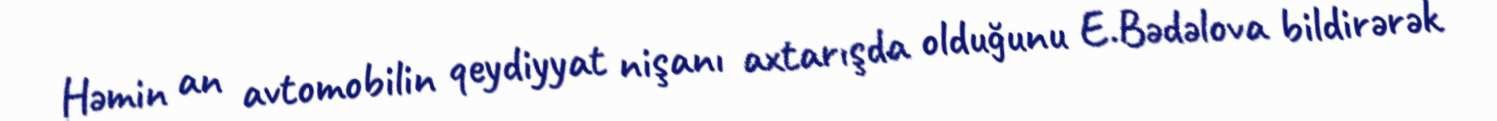
Həmin an avtomobilin qeydiyyat nişanı axtarışda olduğunu E.Bədəlova bildirərək